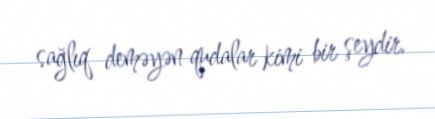
sağlıq deməyən qudalar kimi bir şeydir.